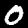
Label: 0